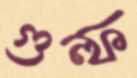
গুল্‌ফ